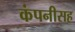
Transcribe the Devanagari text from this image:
कंपनीसह